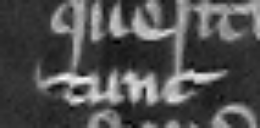
tunc